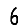
Digit: 6